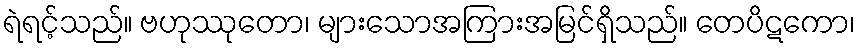
ရဲရင့်သည်။ ဗဟုဿုတော၊ များသောအကြားအမြင်ရှိသည်။ တေပိဋကော၊